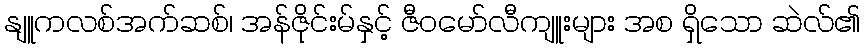
နျူကလစ်အက်ဆစ်၊ အန်ဇိုင်းမ်နှင့် ဇီဝမော်လီကျူးများ အစ ရှိသော ဆဲလ်၏